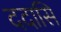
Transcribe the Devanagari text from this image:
ददासि